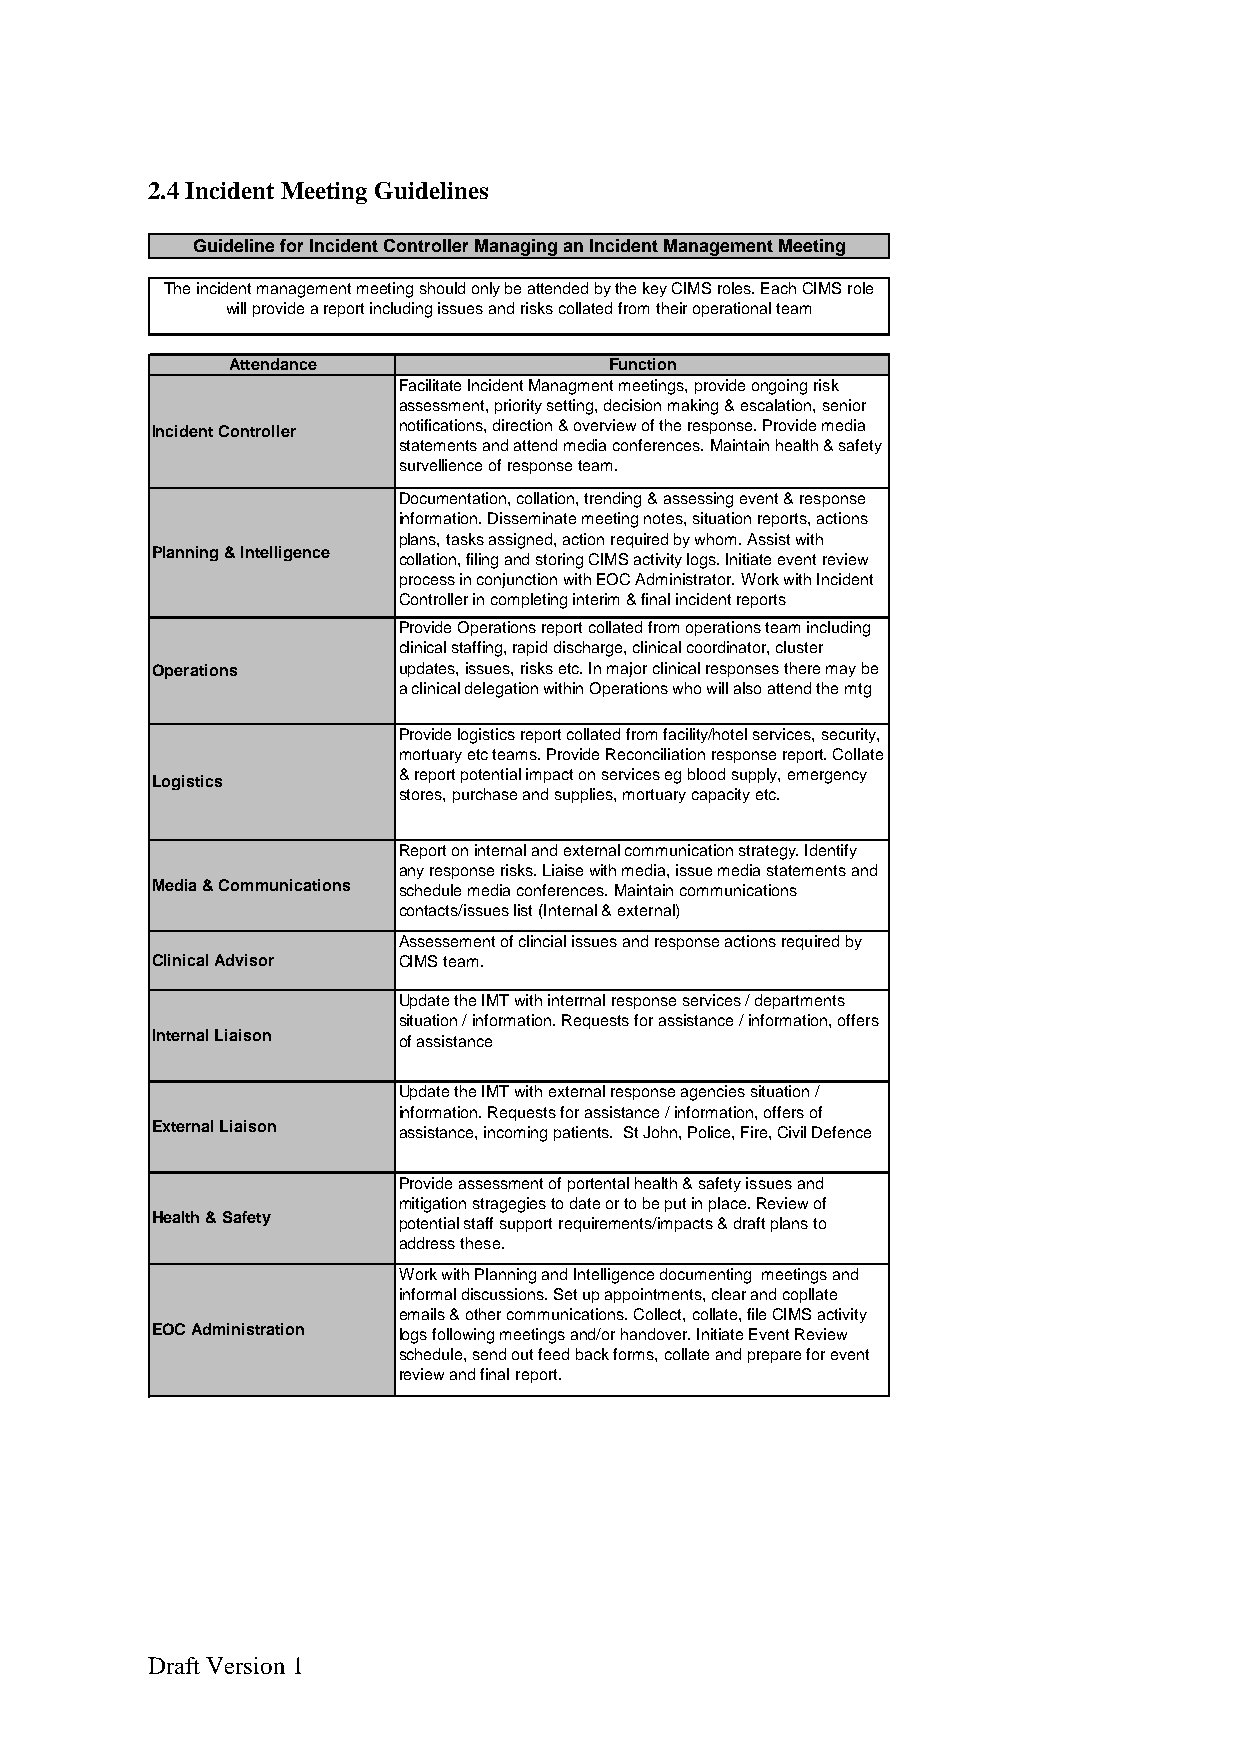
2.4 Incident Meeting Guidelines
 Guideline for Incident Controller Managing an Incident Management Meeting
 The incident management meeting should only be attended by the key CIMS roles. Each CIMS role
 will provide a report including issues and risks collated from their operational team
 Attendance               Function
 Facilitate Incident Managment meetings, provide ongoing risk
 assessment, priority setting, decision making & escalation, senior
 Incident Controller notifications, direction & overview of the response. Provide media
 statements and attend media conferences. Maintain health & safety
 survellience of response team.
 Documentation, collation, trending & assessing event & response
 information. Disseminate meeting notes, situation reports, actions
 plans, tasks assigned, action required by whom. Assist with
 Planning & Intelligence
 collation, filing and storing CIMS activity logs. Initiate event review
 process in conjunction with EOC Administrator. Work with Incident
 Controller in completing interim & final incident reports
 Provide Operations report collated from operations team including
 clinical staffing, rapid discharge, clinical coordinator, cluster
 Operations      updates, issues, risks etc. In major clinical responses there may be
 a clinical delegation within Operations who will also attend the mtg
 Provide logistics report collated from facility/hotel services, security,
 mortuary etc teams. Provide Reconciliation response report. Collate
 & report potential impact on services eg blood supply, emergency
 Logistics
 stores, purchase and supplies, mortuary capacity etc.
 Report on internal and external communication strategy. Identify
 any response risks. Liaise with media, issue media statements and
 Media & Communications schedule media conferences. Maintain communications
 contacts/issues list (Internal & external)
 Assessement of clincial issues and response actions required by
 Clinical Advisor CIMS team.
 Update the IMT with interrnal response services / departments
 situation / information. Requests for assistance / information, offers
 Internal Liaison of assistance
 Update the IMT with external response agencies situation /
 information. Requests for assistance / information, offers of
 External Liaison assistance, incoming patients. St John, Police, Fire, Civil Defence
 Provide assessment of portental health & safety issues and
 mitigation stragegies to date or to be put in place. Review of
 Health & Safety potential staff support requirements/impacts & draft plans to
 address these.
 Work with Planning and Intelligence documenting meetings and
 informal discussions. Set up appointments, clear and copllate
 emails & other communications. Collect, collate, file CIMS activity
 EOC Administration logs following meetings and/or handover. Initiate Event Review
 schedule, send out feed back forms, collate and prepare for event
 review and final report.
 Draft Version 1